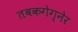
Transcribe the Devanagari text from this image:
तबकगेग्नेर